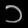
Digit: ၁